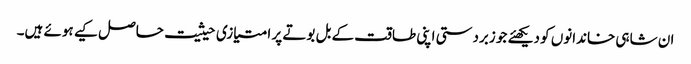
ان شاہی خاندانوں کو دیکھئے جو زبردستی اپنی طاقت کے بل بوتے پر امتیازی حیثیت حاصل کیے ہوئے ہیں۔